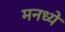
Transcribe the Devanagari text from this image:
मनध्ये